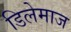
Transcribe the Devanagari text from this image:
डिलेमाज